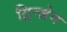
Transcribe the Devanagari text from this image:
ग़्रिन्ज़ेन